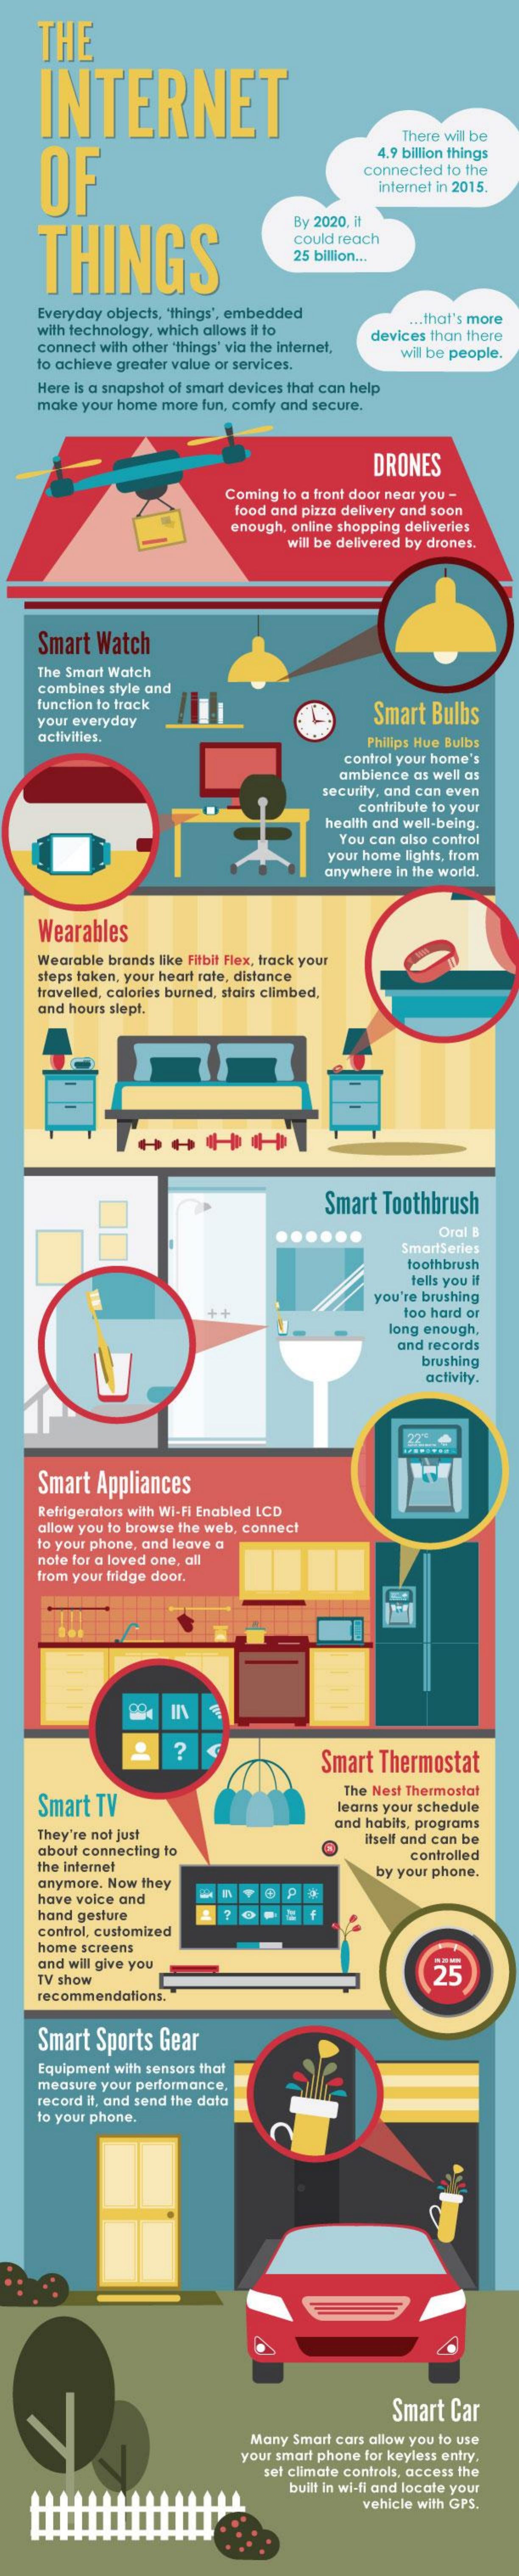
THE
     INTERNET
     There wil be
    OF
     4.9 billion things
     connected to the
     internet in 2015.
     THINGS
     By 2020. it
     could reach
     25 billion ...
     Everyday objects, "things", embedded
     with technology, which allows it to
     ... that's more
     connect with other 'things' via the internet,
     devices than there
    to achieve greater value or services.
     will be people.
     Here is a snapshot of smart devices that can help
     make your home more fun, comfy and secure.
     DRONES
     Coming to a front door near you -
     food and pizza delivery and soon
     enough, online shopping deliveries
     will be delivered by drones.
     Smart Watch
     The Smart Watch
     combines style and
     function to track
     Smart Bulbs your everyday
     activities.    Philips Hue Bulbs
     control your home's
     ambience as well as
     security, and can even
     contribute to your
     health and well-being.
     You can also control
     your home lights, from
     anywhere in the world.
     Wearables
     Wearable brands like Fitbit Flex, track your
     steps taken, your heart rate, distance
     travelled, calories burned, stairs climbed,
     and hours slept.
     Smart Toothbrush
     ......    Oral B
     SmartSeries
     toothbrush
     tells you if
     you're brushing
     +4    too hard or
     long enough,
     and records
     brushing
     activity.
     22 .. 4
     Smart Appliances
     Refrigerators with Wi-fi Enabled LCD
     allow you to browse the web, connect
     to your phone, and leave a
     note for a loved one, all
     from your fridge door.
     ?
     Smart Thermostat
     Smart TV
     The Nest Thermostat
     learns your schedule
     They're not just
     and habits, programs
     about connecting to
     Itself and can be
     the internet
     controlled
     anymore. Now they
     by your phone.
     have voice and    @  P
     hand gesture
     control, customized
     home screens
     and will give you
     TV show    25
     recommendations.
     Smart Sports Gear
     Equipment with sensors that
     measure your performance,
     record it, and send the data
     to your phone.
     Smart Car
     Many Smart cars allow you to use
     your smart phone for keyless entry.
     set climate controls, access the
     built in wi-fi and locate your
     vehicle with GPS.